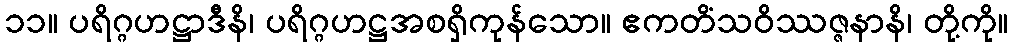
၁၁။ ပရိဂ္ဂဟဋ္ဌာဒီနိ၊ ပရိဂ္ဂဟဋ္ဌအစရှိကုန်သော။ ဧကတိံသဝိဿဇ္ဇနာနိ၊ တို့ကို။